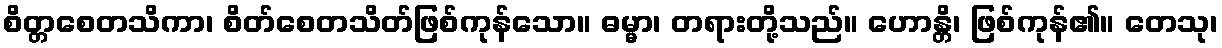
စိတ္တစေတသိကာ၊ စိတ်စေတသိတ်ဖြစ်ကုန်သော။ ဓမ္မာ၊ တရားတို့သည်။ ဟောန္တိ၊ ဖြစ်ကုန်၏။ တေသု၊